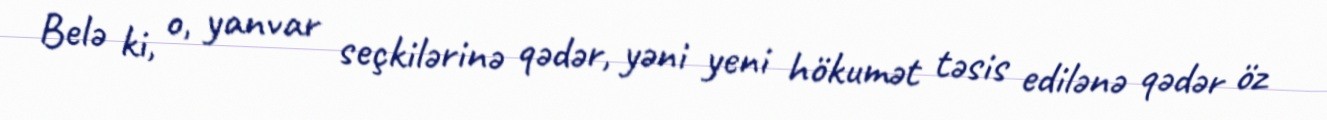
Belə ki, o, yanvar seçkilərinə qədər, yəni yeni hökumət təsis edilənə qədər öz